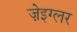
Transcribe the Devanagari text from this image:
ज़ेइग्लर